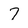
Character: 7